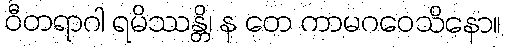
ဝီတရာဂါ ရမိဿန္တိ၊ န တေ ကာမဂဝေသိနော။